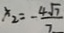
x _ { 2 } = - \frac { 4 \sqrt { 7 } } { 7 }